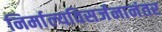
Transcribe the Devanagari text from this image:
निर्माल्यविसर्जनानंतर